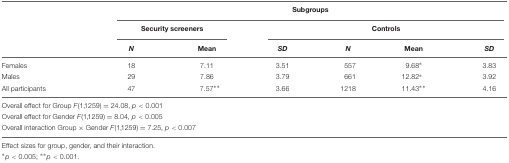
<table><thead><tr><td></td><td colspan="6"><b>Subgroups</b></td></tr><tr><td></td><td colspan="2"><b>Security screeners</b></td><td colspan="4"><b>Controls</b></td></tr><tr><td></td><td><b><i>N</i></b></td><td><b>Mean</b></td><td><b><i>SD</i></b></td><td><b><i>N</i></b></td><td><b>Mean</b></td><td><b><i>SD</i></b></td></tr></thead><tbody><tr><td>Females</td><td>18</td><td>7.11</td><td>3.51</td><td>557</td><td>9.68<sup>∗</sup></td><td>3.83</td></tr><tr><td>Males</td><td>29</td><td>7.86</td><td>3.79</td><td>661</td><td>12.82<sup>∗</sup></td><td>3.92</td></tr><tr><td>All participants</td><td>47</td><td>7.57<sup>∗∗</sup></td><td>3.66</td><td>1218</td><td>11.43<sup>∗∗</sup></td><td>4.16</td></tr><tr><td colspan="7">Overall effect for Group <i>F</i>(1,1259) = 24.08, <i>p</i> &lt; 0.001</td></tr><tr><td colspan="7">Overall effect for Gender <i>F</i>(1,1259) = 8.04, <i>p</i> &lt; 0.005</td></tr><tr><td colspan="7">Overall interaction Group × Gender <i>F</i>(1,1259) = 7.25, <i>p</i> &lt; 0.007</td></tr><tr><td colspan="7">Effect sizes for group, gender, and their interaction.</td></tr><tr><td colspan="7"><sup>∗</sup><i>p</i> &lt; 0.005; <sup>∗∗</sup><i>p</i> &lt; 0.001.</td></tr></tbody></table>